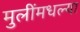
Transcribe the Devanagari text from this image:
मुलींमधल्या